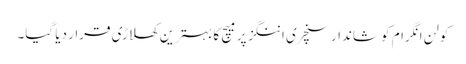
کولن انگرام کو شاندار سنچری اننگز پر میچ کا بہترین کھلاڑی قرار دیا گیا۔